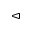
\vartriangleleft